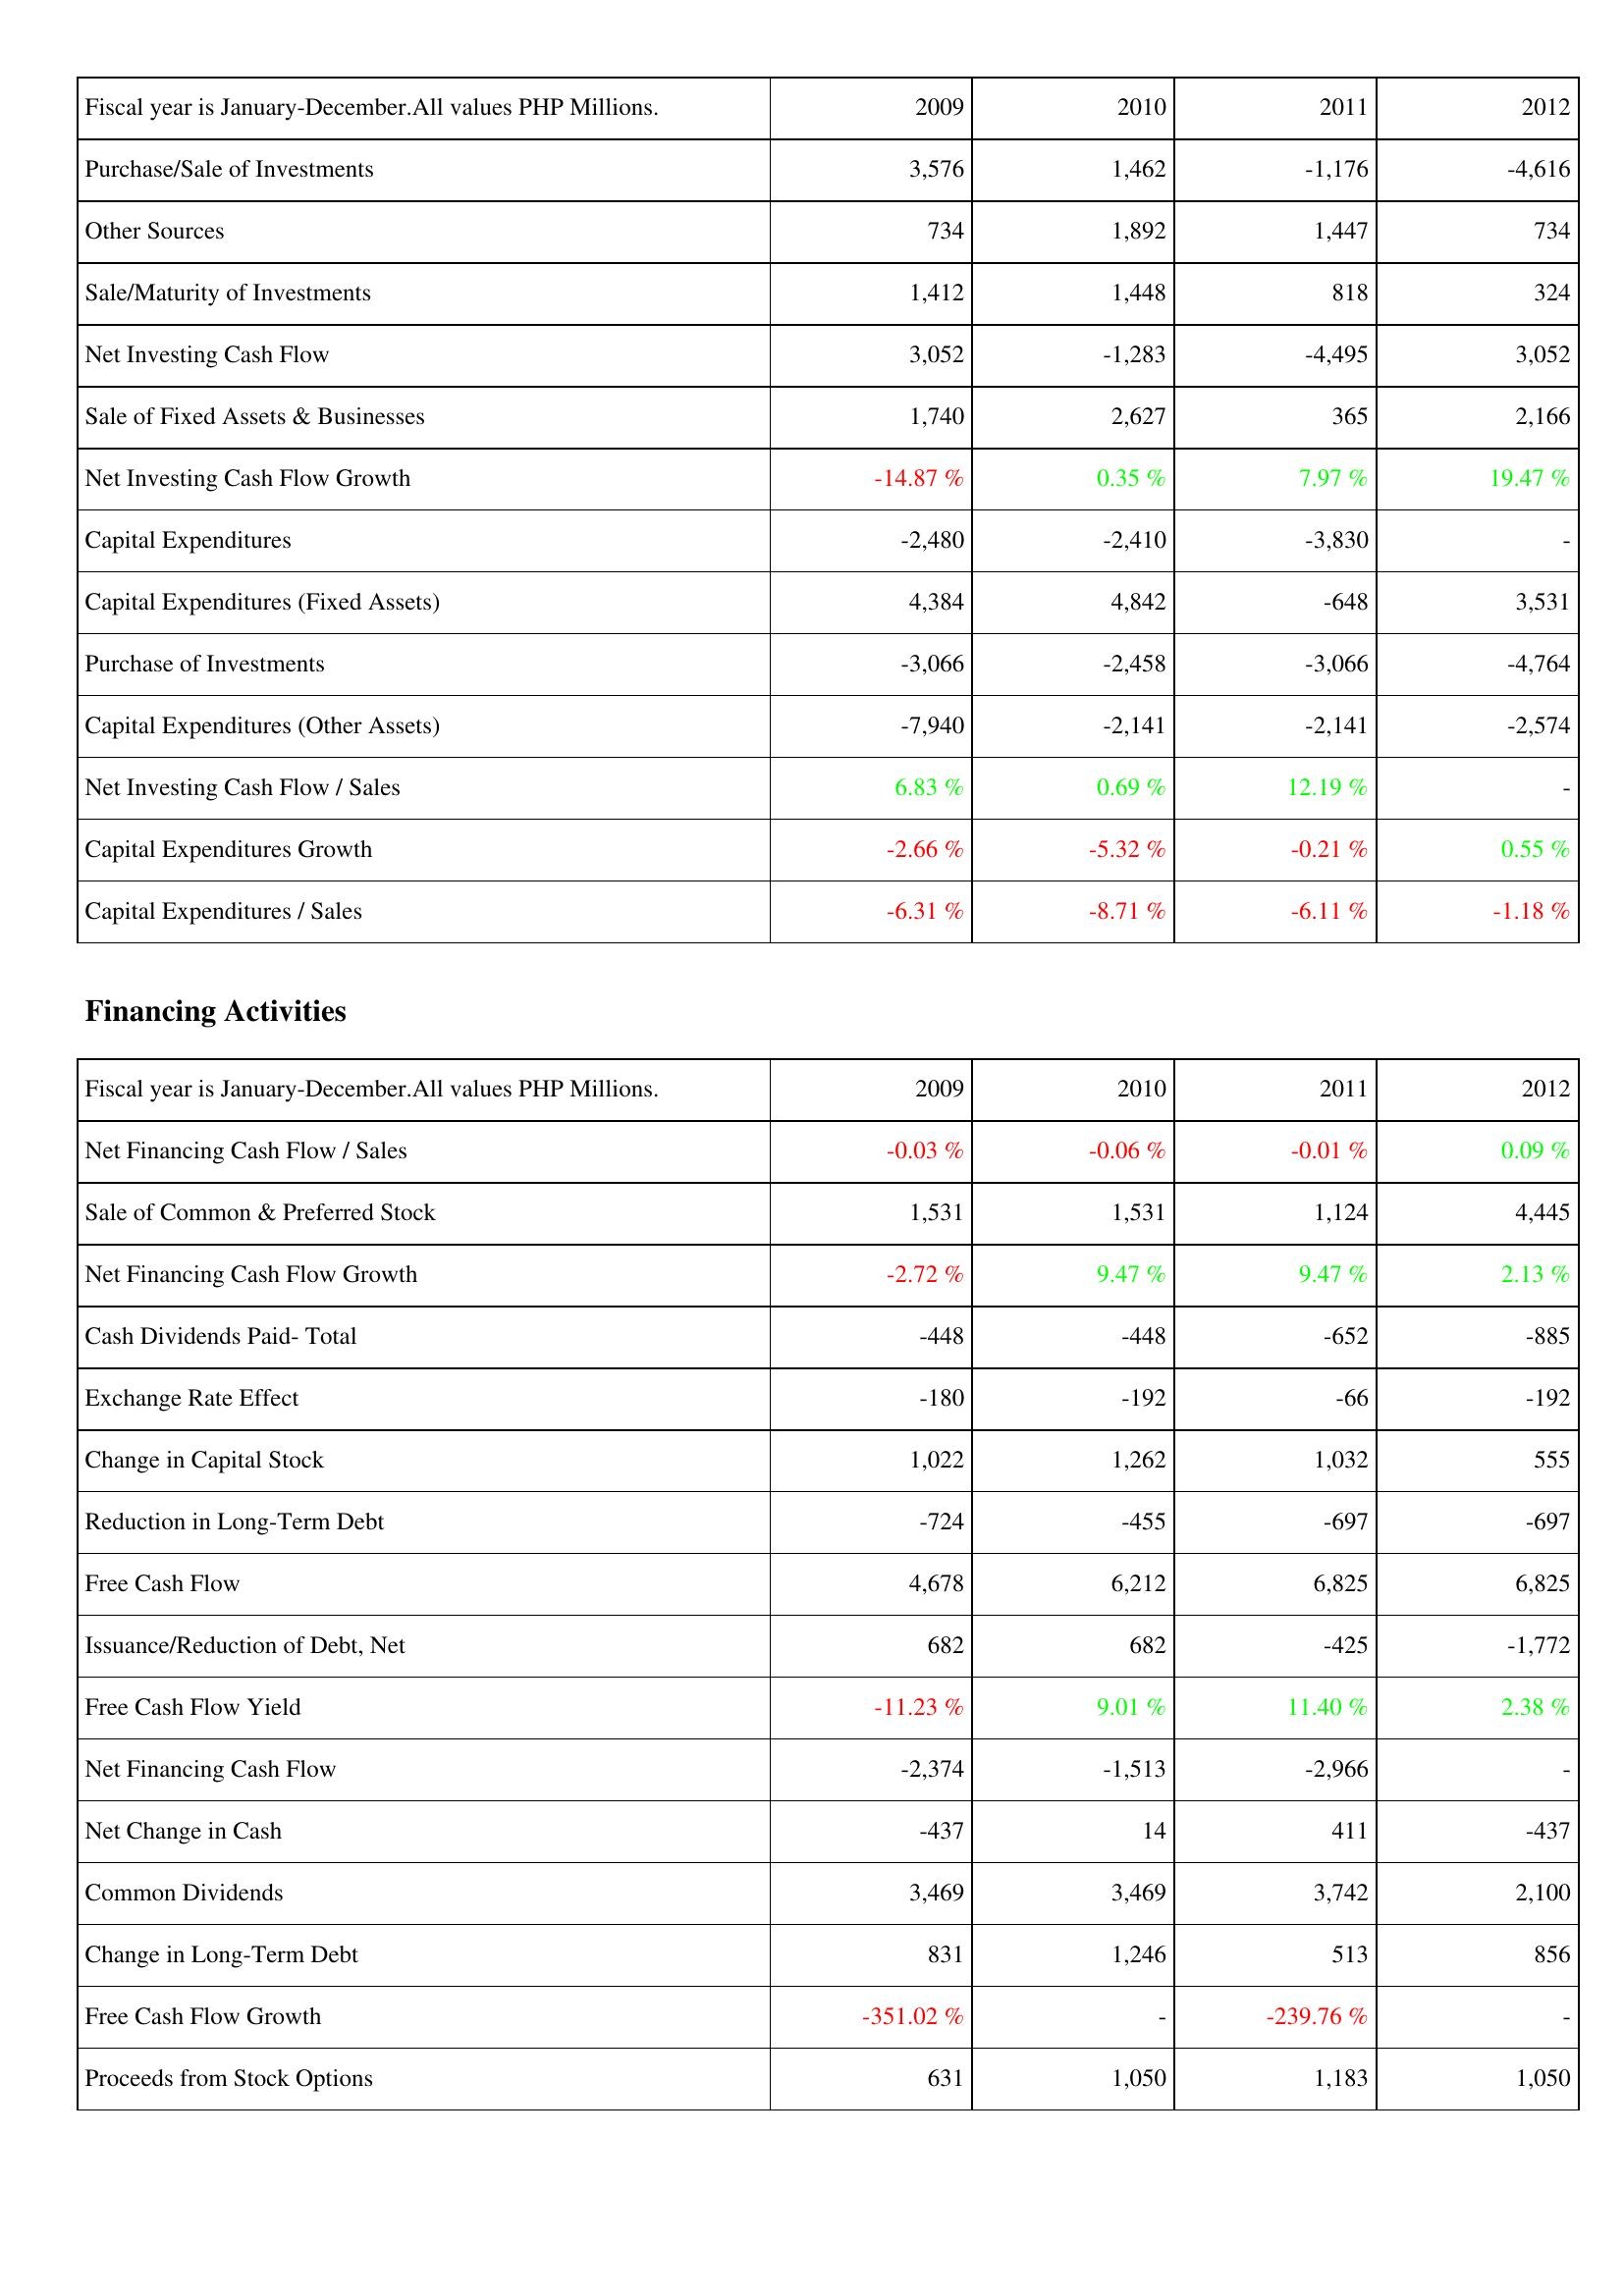
2009: Investing Activities: Purchase/Sale of Investments: 3,576
Other Sources: 734
Sale/Maturity of Investments: 1,412
Net Investing Cash Flow: 3,052
Sale of Fixed Assets & Businesses: 1,740
Net Investing Cash Flow Growth: -14.87 %
Capital Expenditures: -2,480
Capital Expenditures (Fixed Assets): 4,384
Purchase of Investments: -3,066
Capital Expenditures (Other Assets): -7,940
Net Investing Cash Flow / Sales: 6.83 %
Capital Expenditures Growth: -2.66 %
Capital Expenditures / Sales: -6.31 %
Financing Activities: Net Financing Cash Flow / Sales: -0.03 %
Sale of Common & Preferred Stock: 1,531
Net Financing Cash Flow Growth: -2.72 %
Cash Dividends Paid- Total: -448
Exchange Rate Effect: -180
Change in Capital Stock: 1,022
Reduction in Long-Term Debt: -724
Free Cash Flow: 4,678
Issuance/Reduction of Debt, Net: 682
Free Cash Flow Yield: -11.23 %
Net Financing Cash Flow: -2,374
Net Change in Cash: -437
Common Dividends: 3,469
Change in Long-Term Debt: 831
Free Cash Flow Growth: -351.02 %
Proceeds from Stock Options: 631
2010: Investing Activities: Purchase/Sale of Investments: 1,462
Other Sources: 1,892
Sale/Maturity of Investments: 1,448
Net Investing Cash Flow: -1,283
Sale of Fixed Assets & Businesses: 2,627
Net Investing Cash Flow Growth: 0.35 %
Capital Expenditures: -2,410
Capital Expenditures (Fixed Assets): 4,842
Purchase of Investments: -2,458
Capital Expenditures (Other Assets): -2,141
Net Investing Cash Flow / Sales: 0.69 %
Capital Expenditures Growth: -5.32 %
Capital Expenditures / Sales: -8.71 %
Financing Activities: Net Financing Cash Flow / Sales: -0.06 %
Sale of Common & Preferred Stock: 1,531
Net Financing Cash Flow Growth: 9.47 %
Cash Dividends Paid- Total: -448
Exchange Rate Effect: -192
Change in Capital Stock: 1,262
Reduction in Long-Term Debt: -455
Free Cash Flow: 6,212
Issuance/Reduction of Debt, Net: 682
Free Cash Flow Yield: 9.01 %
Net Financing Cash Flow: -1,513
Net Change in Cash: 14
Common Dividends: 3,469
Change in Long-Term Debt: 1,246
Free Cash Flow Growth: -
Proceeds from Stock Options: 1,050
2011: Investing Activities: Purchase/Sale of Investments: -1,176
Other Sources: 1,447
Sale/Maturity of Investments: 818
Net Investing Cash Flow: -4,495
Sale of Fixed Assets & Businesses: 365
Net Investing Cash Flow Growth: 7.97 %
Capital Expenditures: -3,830
Capital Expenditures (Fixed Assets): -648
Purchase of Investments: -3,066
Capital Expenditures (Other Assets): -2,141
Net Investing Cash Flow / Sales: 12.19 %
Capital Expenditures Growth: -0.21 %
Capital Expenditures / Sales: -6.11 %
Financing Activities: Net Financing Cash Flow / Sales: -0.01 %
Sale of Common & Preferred Stock: 1,124
Net Financing Cash Flow Growth: 9.47 %
Cash Dividends Paid- Total: -652
Exchange Rate Effect: -66
Change in Capital Stock: 1,032
Reduction in Long-Term Debt: -697
Free Cash Flow: 6,825
Issuance/Reduction of Debt, Net: -425
Free Cash Flow Yield: 11.40 %
Net Financing Cash Flow: -2,966
Net Change in Cash: 411
Common Dividends: 3,742
Change in Long-Term Debt: 513
Free Cash Flow Growth: -239.76 %
Proceeds from Stock Options: 1,183
2012: Investing Activities: Purchase/Sale of Investments: -4,616
Other Sources: 734
Sale/Maturity of Investments: 324
Net Investing Cash Flow: 3,052
Sale of Fixed Assets & Businesses: 2,166
Net Investing Cash Flow Growth: 19.47 %
Capital Expenditures: -
Capital Expenditures (Fixed Assets): 3,531
Purchase of Investments: -4,764
Capital Expenditures (Other Assets): -2,574
Net Investing Cash Flow / Sales: -
Capital Expenditures Growth: 0.55 %
Capital Expenditures / Sales: -1.18 %
Financing Activities: Net Financing Cash Flow / Sales: 0.09 %
Sale of Common & Preferred Stock: 4,445
Net Financing Cash Flow Growth: 2.13 %
Cash Dividends Paid- Total: -885
Exchange Rate Effect: -192
Change in Capital Stock: 555
Reduction in Long-Term Debt: -697
Free Cash Flow: 6,825
Issuance/Reduction of Debt, Net: -1,772
Free Cash Flow Yield: 2.38 %
Net Financing Cash Flow: -
Net Change in Cash: -437
Common Dividends: 2,100
Change in Long-Term Debt: 856
Free Cash Flow Growth: -
Proceeds from Stock Options: 1,050